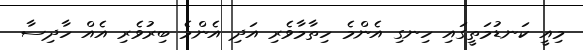
މިއީ ކަނޑުމަތީގައި ހިނގި އެންމެ ހިތާމާވެރި އަދި އެންމެ ބިރުވެރި އެއް ހާދިސާ